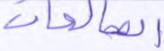
الصالحات